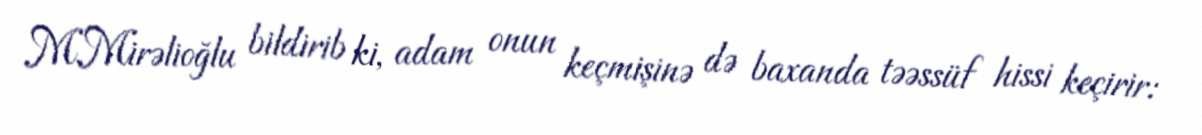
M.Mirəlioğlu bildirib ki, adam onun keçmişinə də baxanda təəssüf hissi keçirir: